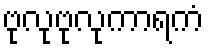
ဗုလုဗုလုကာရကံ